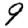
Digit: 9